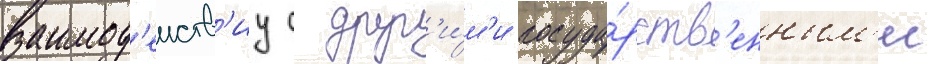
взаимод'еиств'иу с друг'и́м'и госуда́рств'енным'и